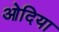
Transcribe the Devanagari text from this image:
ओदिया